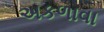
અકળાવા